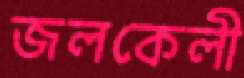
জলকেলী